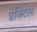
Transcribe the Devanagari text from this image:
प्रेक्टिल